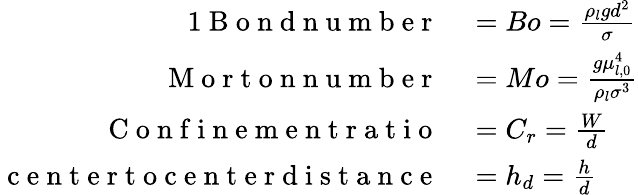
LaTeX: \begin{array}{rl}{{1}\mathrm{~B~o~n~d~n~u~m~b~e~r~}}&{{}=Bo=\frac{\rho_{l}gd^{2}}{\sigma}}\\ {\mathrm{~M~o~r~t~o~n~n~u~m~b~e~r~}}&{{}=Mo=\frac{g\mu_{l,0}^{4}}{\rho_{l}\sigma^{3}}}\\ {\mathrm{~C~o~n~f~i~n~e~m~e~n~t~r~a~t~i~o~}}&{{}=C_{r}=\frac{W}{d}}\\ {\mathrm{~c~e~n~t~e~r~t~o~c~e~n~t~e~r~d~i~s~t~a~n~c~e~}}&{{}=h_{d}=\frac{h}{d}}\end{array}